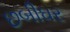
છબીઘર